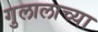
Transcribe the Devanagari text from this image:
गुलालाच्या